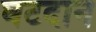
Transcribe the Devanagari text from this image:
घटदान